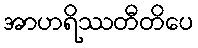
အာဟရိဿတီတိပေ